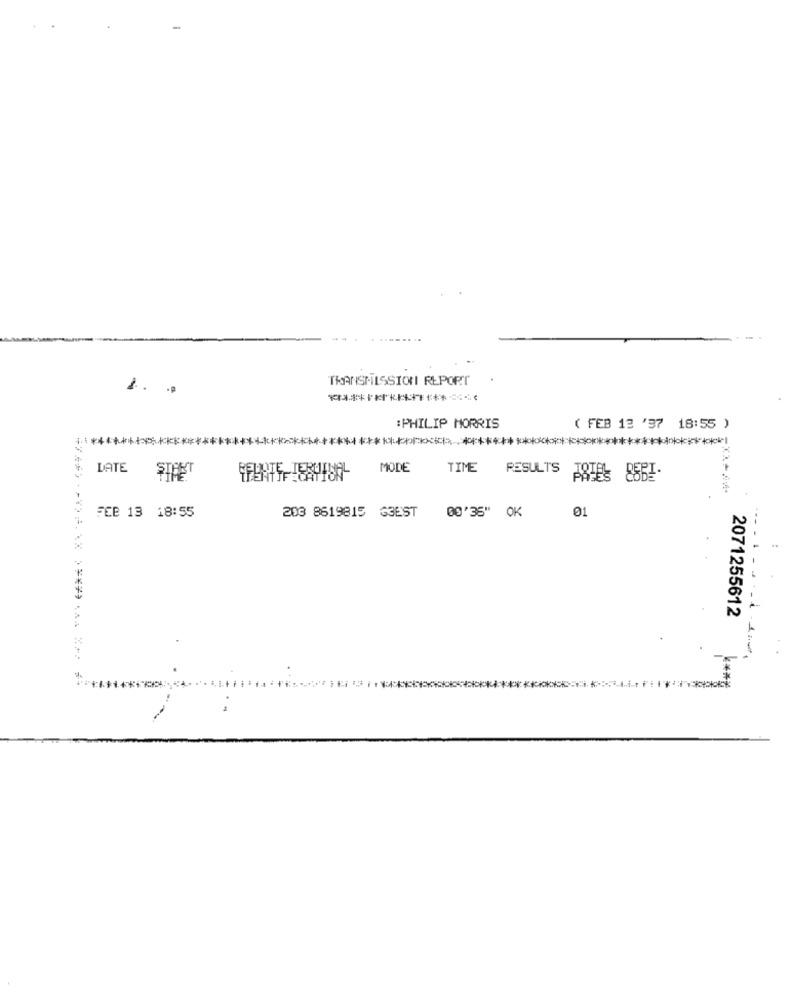
TRANSMISSION REPORT
1. ..
*******************
: PHILIP MORRIS
( FEB 12 '37 18:55 )
********************
DATE
MODE
TIME
RESULTS
ARTES 85BI-
00'35" OK
01
FCB 13 18:55
203 8619815 G3EST
... . . . .
. .- 1
2071255612
1. It will
************* ***********